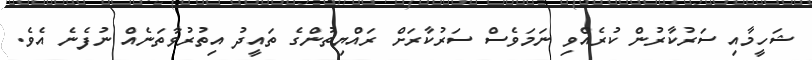
ޝަހީމާއި ސަރުކާރުން ކުރެއްވި ނަމަވެސް ސަރުކާރަށް ރައްޔިތުންގެ ތައީދު އިތުރުވާތަނެއް ނުފެނެ އެވެ.